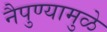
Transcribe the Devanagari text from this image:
नैपुण्यामुळे